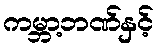
ကမ္ဘာ့ဘဏ်နှင့်